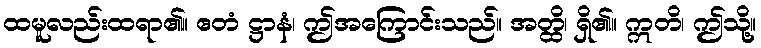
ထမူလည်းထရာ၏။ ဧတံ ဋ္ဌာနံ၊ ဤအကြောင်းသည်။ အတ္ထိ၊ ရှိ၏။ ဣတိ၊ ဤသို့။